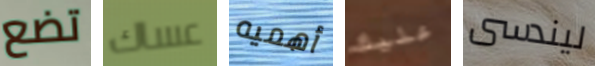
تضع عساك أهميه عليك ليندسى